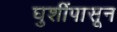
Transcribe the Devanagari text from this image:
घुशींपासून